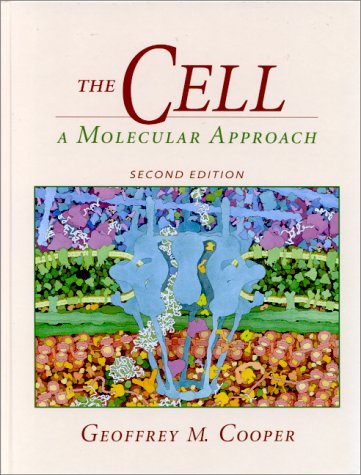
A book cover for The Cell: A Molecular Approach; Geoffrey Cooper; Science & Math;